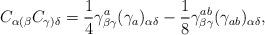
LaTeX: \begin{align*}C_{\alpha(\beta}C_{\gamma)\delta}={1\over 4}\gamma^a_{\beta\gamma}(\gamma_a)_{\alpha\delta}-{1\over 8}\gamma^{ab}_{\beta\gamma}(\gamma_{ab})_{\alpha\delta},\end{align*}